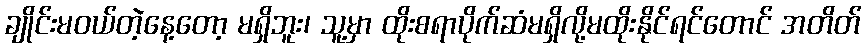
ချိုင်းမဝယ်တဲ့နေ့တော့ မရှိဘူး၊ သူ့မှာ ထိုးစရာပိုက်ဆံမရှိလို့မထိုးနိုင်ရင်တောင် အတိတ်